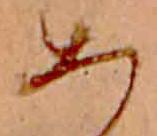
あ